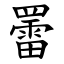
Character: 䍣